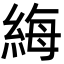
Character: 䋦